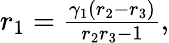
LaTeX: \begin{array}{r}{r_{1}=\frac{\gamma_{1}(r_{2}-r_{3})}{r_{2}r_{3}-1},}\end{array}